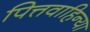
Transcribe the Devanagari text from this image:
पित्तवाहिन्या